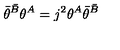
\bar { \theta } ^ { \bar { B } } \theta ^ { A } = j ^ { 2 } \theta ^ { A } \bar { \theta } ^ { \bar { B } }